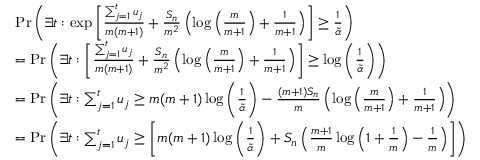
\begin{array} { r l } & { \operatorname* { P r } \left( \exists t : \exp \left[ \frac { \sum _ { j = 1 } ^ { t } u _ { j } } { m ( m + 1 ) } + \frac { S _ { n } } { m ^ { 2 } } \left( \log \Big ( \frac { m } { m + 1 } \Big ) + \frac { 1 } { m + 1 } \right) \right] \geq \frac { 1 } { \tilde { \alpha } } \right) } \\ & { = \operatorname* { P r } \left( \exists t : \left[ \frac { \sum _ { j = 1 } ^ { t } u _ { j } } { m ( m + 1 ) } + \frac { S _ { n } } { m ^ { 2 } } \left( \log \Big ( \frac { m } { m + 1 } \Big ) + \frac { 1 } { m + 1 } \right) \right] \geq \log \Bigg ( \frac { 1 } { \tilde { \alpha } } \Bigg ) \right) } \\ & { = \operatorname* { P r } \left( \exists t : \sum _ { j = 1 } ^ { t } u _ { j } \geq m ( m + 1 ) \log \Bigg ( \frac { 1 } { \tilde { \alpha } } \Bigg ) - \frac { ( m + 1 ) S _ { n } } { m } \left( \log \Big ( \frac { m } { m + 1 } \Big ) + \frac { 1 } { m + 1 } \right) \right) } \\ & { = \operatorname* { P r } \left( \exists t : \sum _ { j = 1 } ^ { t } u _ { j } \geq \left[ m ( m + 1 ) \log \Bigg ( \frac { 1 } { \tilde { \alpha } } \Bigg ) + S _ { n } \left( \frac { m + 1 } { m } \log \Big ( 1 + \frac { 1 } { m } \Big ) - \frac { 1 } { m } \right) \right] \right) } \end{array}